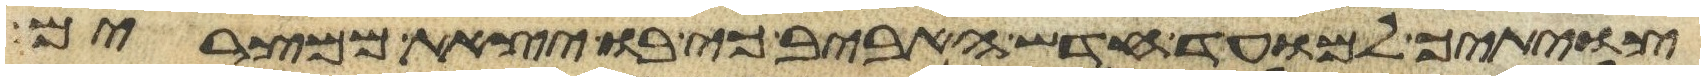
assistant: צויתיך למועד חדש האביב כי בו יצאת ממצרים